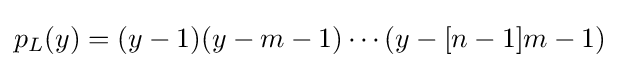
p_{L}(y)=(y-1)(y-m-1)\cdots (y-[n-1]m-1)